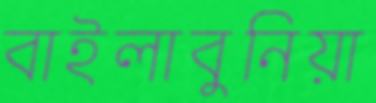
বাইলাবুনিয়া